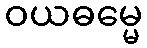
ဝယဓမ္မေ